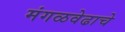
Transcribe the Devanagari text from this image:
मंगळवेढाचे